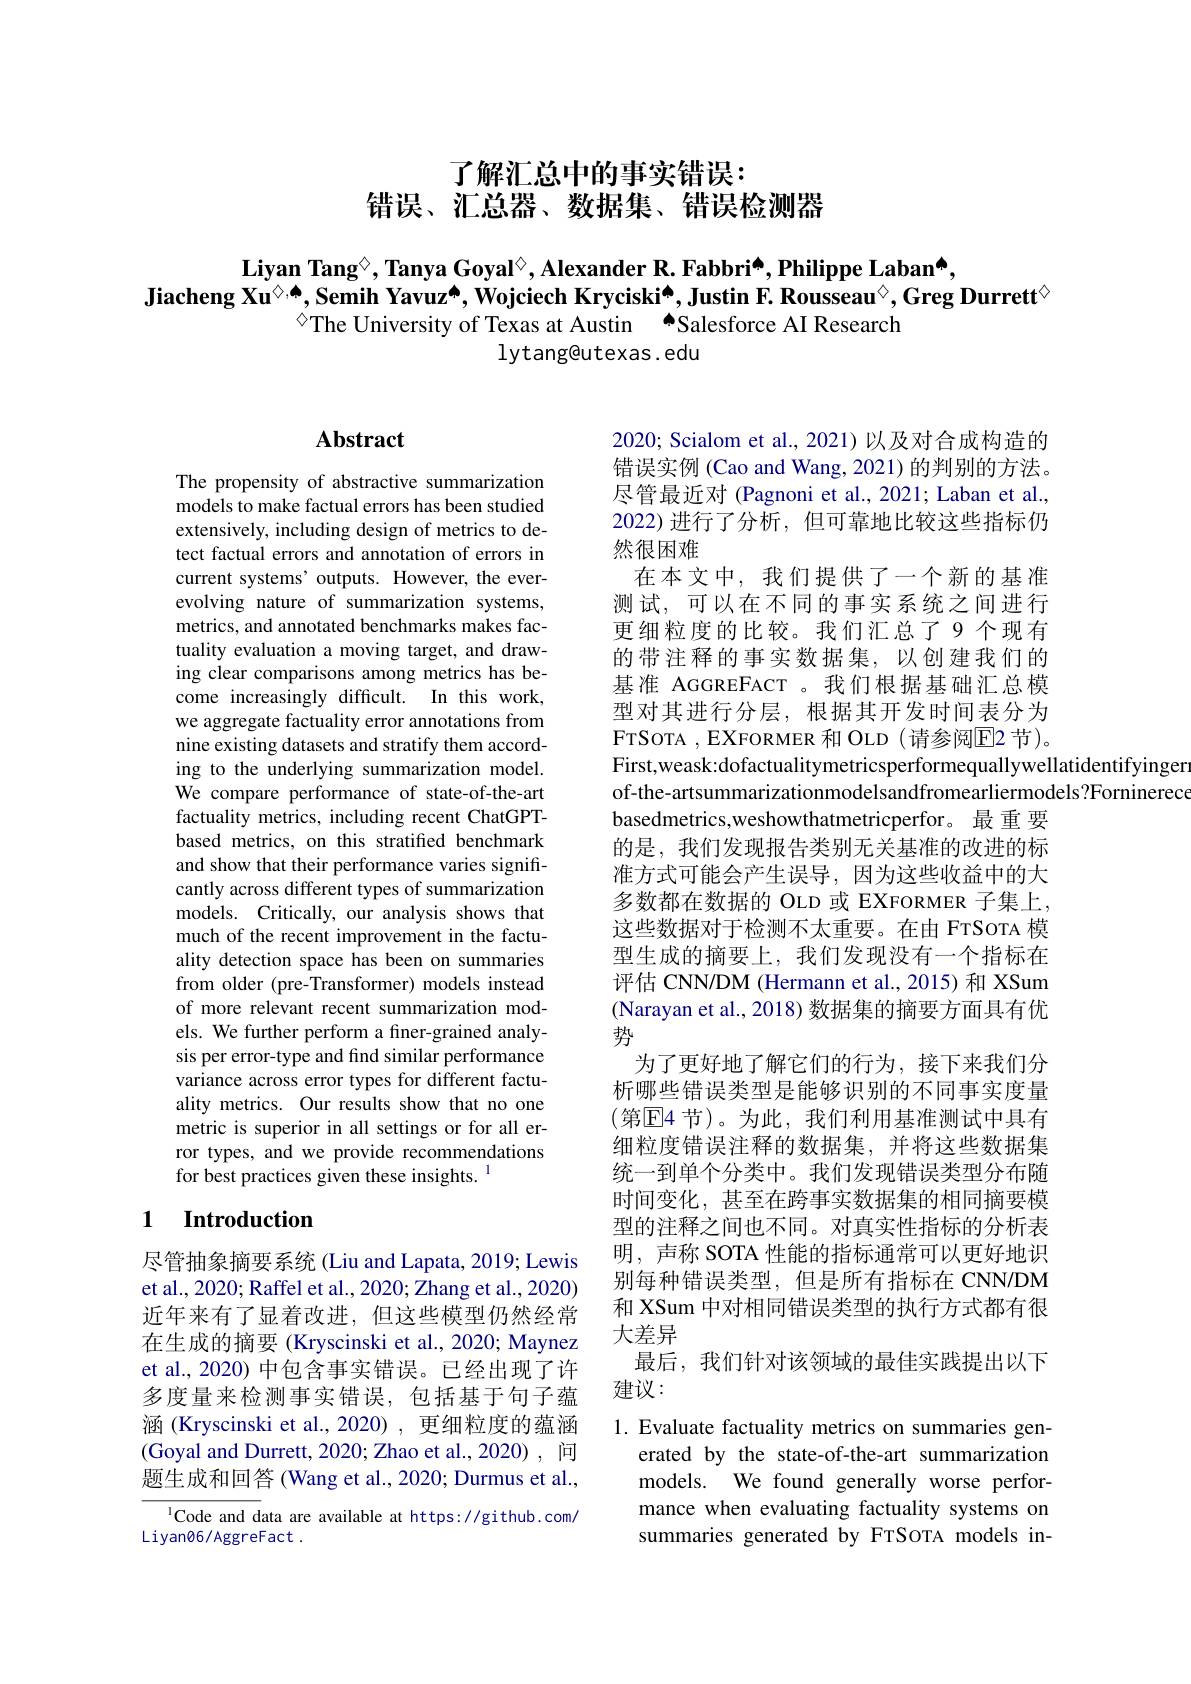
了解汇总中的事实错误：
错误、汇总器、数据集、错误检测器

Liyan Tang$^{\textcircled{.}}$,Tanya Goyal$^{\textcircled{.}}$ Alexander R. Fabbri$^{\textcircled{.}}$ Philippe Laban[INDEX]
Jiacheng Xu$^\textcircled{\diamondsuit,\spadesuit}$,Semih Yavuz[INDEX], Wojciech Kryciski[INDEX], Justin F. Rousseau$^{\textcircled{\mathrm{o}}}$,Greg Durrett$^{\textcircled{\mathrm{o}}}$
$^{\textcircled{\circ}}$The University of Texas at Austin $^{\spadesuit}$Salesforce AI Research
## lytang@utexas. edu

## Abstract

The propensity of abstractive summarization models to make factual errors has been studied extensively, including design of metrics to detect factual errors and annotation of errors in current systems' outputs. However, the everevolving nature of summarization systems, metrics, and annotated benchmarks makes factuality evaluation a moving target, and drawing clear comparisons among metrics has become increasingly difficult. In this work, we aggregate factuality error annotations from nine existing datasets and stratify them according to the underlying summarization model. We compare performance of state-of-the-art factuality metrics, including recent ChatGPTbased metrics, on this stratified benchmark and show that their performance varies significantly across different types of summarization models. Critically, our analysis shows that much of the recent improvement in the factuality detection space has been on summaries from older (pre-Transformer) models instead of more relevant recent summarization models. We further perform a finer-grained analysis per error-type and find similar performance variance across error types for different factuality metrics. Our results show that no one metric is superior in all settings or for all error types, and we provide recommendations for best practices given these insights.$^{1}$

2020; Scialom et al., 2021) 以及对合成构造的错误实例 (Cao and Wang, 2021)的判别的方法。尽管最近对 (Pagnoni et al., 2021; Laban et al., 2022)进行了分析，但可靠地比较这些指标仍然很困难
在本文中，我们提供了一个新的基准测试，可以在不同的事实系统之间进行更细粒度的比较。我们汇总了9个现有的带注释的事实数据集，以创建我们的基准 AGGREFACT 。我们根据基础汇总模型对其进行分层，根据其开发时间表分为FTSOTA , EXFORMER 和 OLD ( 请 参 阅 E2 节 ) 。First,weask:dofactualitymetricsperformequallywellatidentifyinger of-the-artsummarizationmodelsandfromearliermodels?Forninerece basedmetrics,weshowthatmetricperfor。最重 要的是，我们发现报告类别无关基准的改进的标准方式可能会产生误导，因为这些收益中的大多数都在数据的 OLD 或 EXFORMER 子集上， 这些数据对于检测不太重要。在由 FTSOTA 模型生成的摘要上，我们发现没有一个指标在评估 CNN/DM (Hermann et al., 2015) 和 XSum (Narayan et al., 2018) 数据集的摘要方面具有优势
为了更好地了解它们的行为，接下来我们分析哪些错误类型是能够识别的不同事实度量(第☑E4 节)。为此，我们利用基准测试中具有细粒度错误注释的数据集，并将这些数据集统一到单个分类中。我们发现错误类型分布随时间变化，甚至在跨事实数据集的相同摘要模型的注释之间也不同。对真实性指标的分析表明，声称 SOTA 性能的指标通常可以更好地识别每种错误类型，但是所有指标在 CNN/DM 和 XSum 中对相同错误类型的执行方式都有很大差异
最后，我们针对该领域的最佳实践提出以下
建议：
1. Evaluate factuality metrics on summaries gen-
erated by the state-of-the-art summarization models. We found generally worse performance when evaluating factuality systems on

## 1 Introduction

尽管抽象摘要系统 (Liu and Lapata, 2019; Lewis et al., 2020; Raffel et al., 2020; Zhang et al., 2020) 近年来有了显着改进，但这些模型仍然经常在生成的摘要 (Kryscinski et al., 2020; Maynez et al., 2020) 中包含事实错误。已经出现了许多度量来检测事实错误，包括基于句子蕴涵 (Kryscinski et al.,2020), 更细粒度的蕴涵(Goyal and Durrett, 2020; Zhao et al., 2020), 间题生成和回答(Wang et al., 2020; Durmus et al.,

summaries generated by FTSOTA models in-

$^{1}$Code and data are available at https://github.com/
Liyan06/AggreFact .